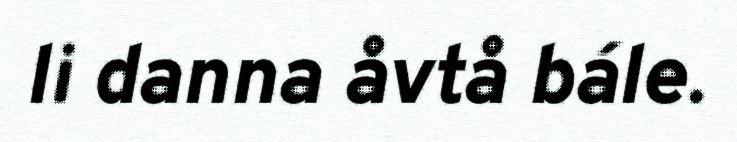
li danna åvtå bále.